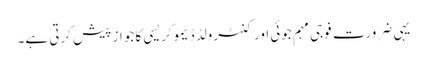
یہی ضرورت فوجی مہم جوئی اور کنٹرولڈ ڈیموکریسی کا جواز پیش کرتی ہے۔